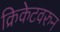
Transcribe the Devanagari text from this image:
क्रिकेटवरुन